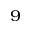
^ 9